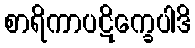
စာရိကာပဋိက္ခေပါဒိ